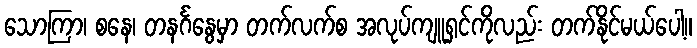
သောကြာ၊ စနေ၊ တနင်္ဂနွေမှာ တက်လက်စ အလုပ်ကျူရှင်ကိုလည်း တက်နိုင်မယ်ပေါ့။